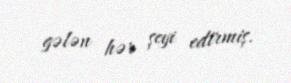
gələn hər şeyi edirmiş.